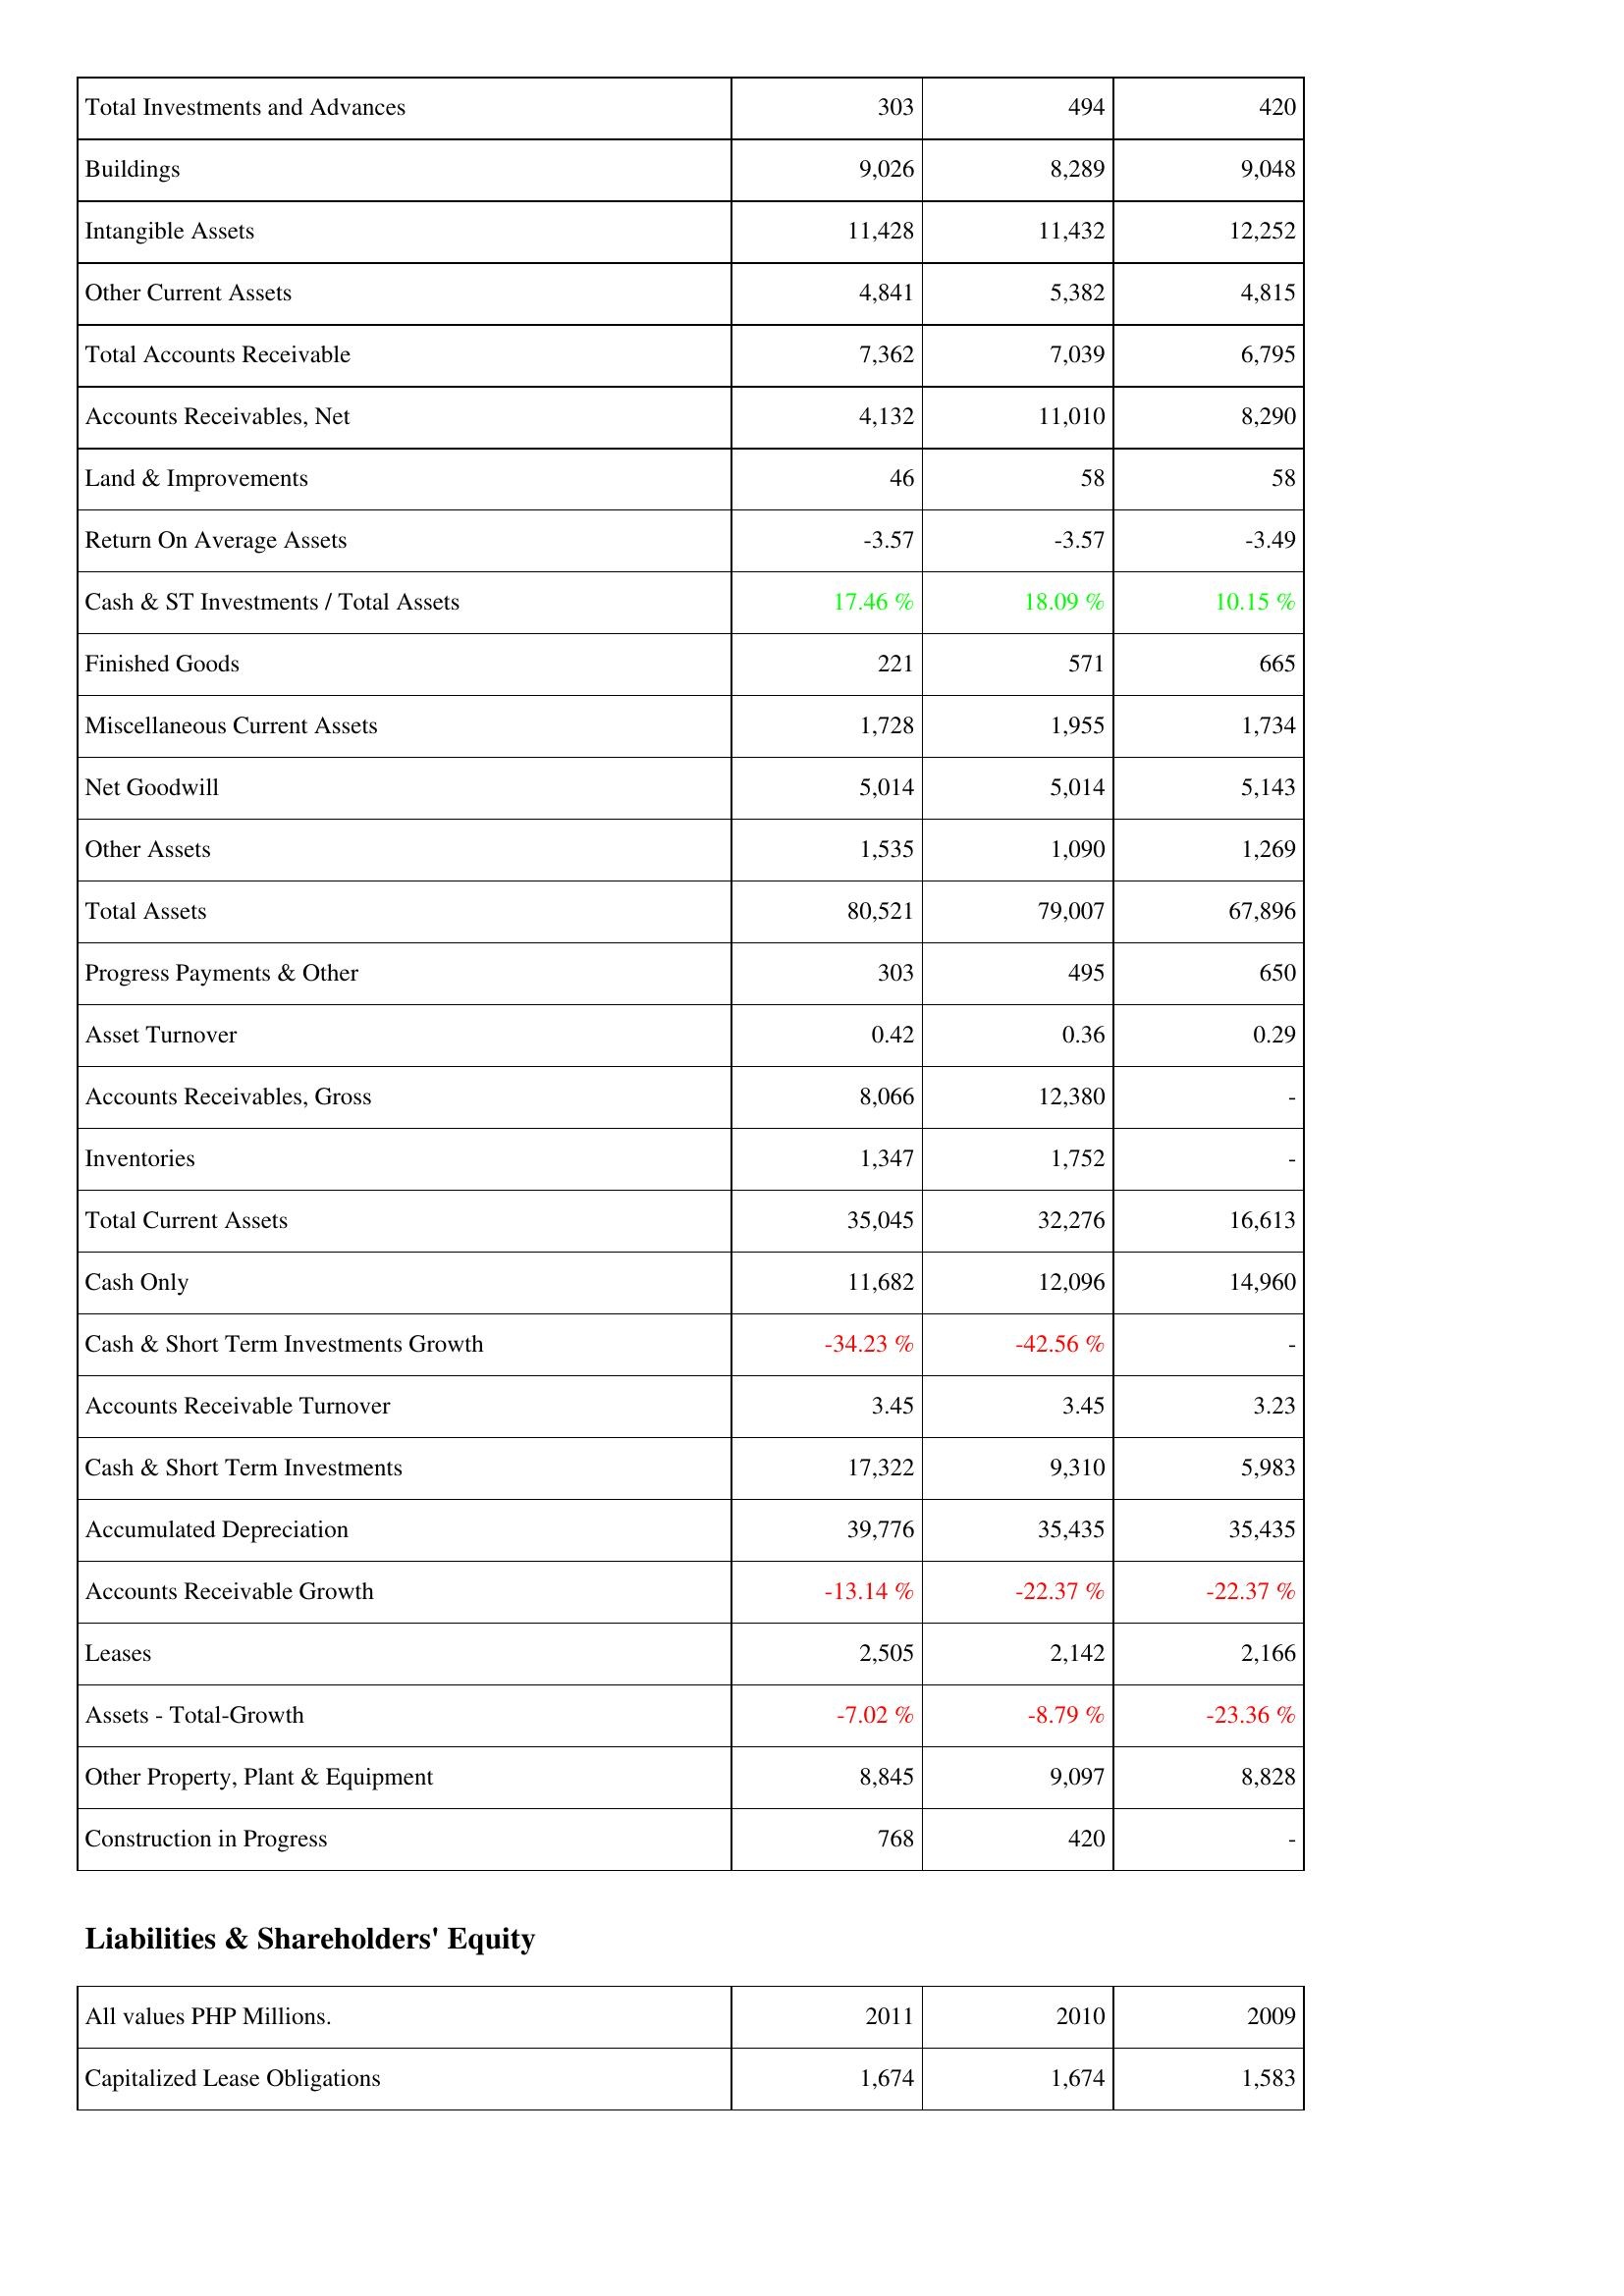
2011: Assets: Total Investments and Advances: 303
Buildings: 9,026
Intangible Assets: 11,428
Other Current Assets: 4,841
Total Accounts Receivable: 7,362
Accounts Receivables, Net: 4,132
Land & Improvements: 46
Return On Average Assets: -3.57
Cash & ST Investments / Total Assets: 17.46 %
Finished Goods: 221
Miscellaneous Current Assets: 1,728
Net Goodwill: 5,014
Other Assets: 1,535
Total Assets: 80,521
Progress Payments & Other: 303
Asset Turnover: 0.42
Accounts Receivables, Gross: 8,066
Inventories: 1,347
Total Current Assets: 35,045
Cash Only: 11,682
Cash & Short Term Investments Growth: -34.23 %
Accounts Receivable Turnover: 3.45
Cash & Short Term Investments: 17,322
Accumulated Depreciation: 39,776
Accounts Receivable Growth: -13.14 %
Leases: 2,505
Assets - Total-Growth: -7.02 %
Other Property, Plant & Equipment: 8,845
Construction in Progress: 768
Liabilities & Shareholders' Equity: Capitalized Lease Obligations: 1,674
2010: Assets: Total Investments and Advances: 494
Buildings: 8,289
Intangible Assets: 11,432
Other Current Assets: 5,382
Total Accounts Receivable: 7,039
Accounts Receivables, Net: 11,010
Land & Improvements: 58
Return On Average Assets: -3.57
Cash & ST Investments / Total Assets: 18.09 %
Finished Goods: 571
Miscellaneous Current Assets: 1,955
Net Goodwill: 5,014
Other Assets: 1,090
Total Assets: 79,007
Progress Payments & Other: 495
Asset Turnover: 0.36
Accounts Receivables, Gross: 12,380
Inventories: 1,752
Total Current Assets: 32,276
Cash Only: 12,096
Cash & Short Term Investments Growth: -42.56 %
Accounts Receivable Turnover: 3.45
Cash & Short Term Investments: 9,310
Accumulated Depreciation: 35,435
Accounts Receivable Growth: -22.37 %
Leases: 2,142
Assets - Total-Growth: -8.79 %
Other Property, Plant & Equipment: 9,097
Construction in Progress: 420
Liabilities & Shareholders' Equity: Capitalized Lease Obligations: 1,674
2009: Assets: Total Investments and Advances: 420
Buildings: 9,048
Intangible Assets: 12,252
Other Current Assets: 4,815
Total Accounts Receivable: 6,795
Accounts Receivables, Net: 8,290
Land & Improvements: 58
Return On Average Assets: -3.49
Cash & ST Investments / Total Assets: 10.15 %
Finished Goods: 665
Miscellaneous Current Assets: 1,734
Net Goodwill: 5,143
Other Assets: 1,269
Total Assets: 67,896
Progress Payments & Other: 650
Asset Turnover: 0.29
Accounts Receivables, Gross: -
Inventories: -
Total Current Assets: 16,613
Cash Only: 14,960
Cash & Short Term Investments Growth: -
Accounts Receivable Turnover: 3.23
Cash & Short Term Investments: 5,983
Accumulated Depreciation: 35,435
Accounts Receivable Growth: -22.37 %
Leases: 2,166
Assets - Total-Growth: -23.36 %
Other Property, Plant & Equipment: 8,828
Construction in Progress: -
Liabilities & Shareholders' Equity: Capitalized Lease Obligations: 1,583